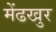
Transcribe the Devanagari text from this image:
मेंढखुर